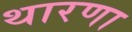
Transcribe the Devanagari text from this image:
थारणा